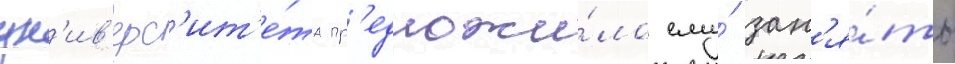
ун'ив'ерс'ит'е́та пр'едложи́ло ему́ зан'я́ть